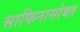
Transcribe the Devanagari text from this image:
साफिनासोबत